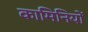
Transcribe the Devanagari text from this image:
कामिनियों